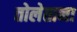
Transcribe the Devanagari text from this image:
तोलेताना